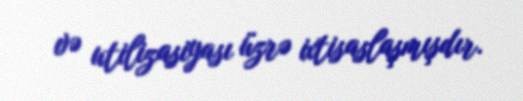
və utilizasiyası üzrə ixtisaslaşmışdır.